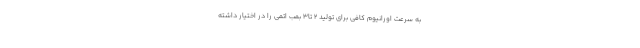
به سرعت اورانیوم کافی برای تولید 2 تا3 بمب اتمی را در اختیار داشته